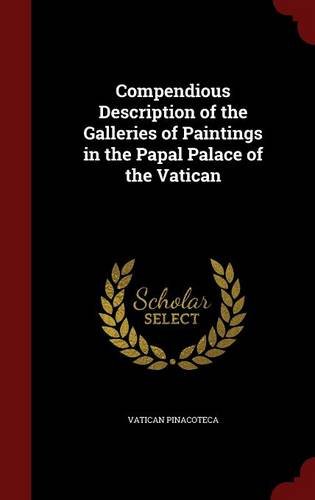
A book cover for Compendious Description of the Galleries of Paintings in the Papal Palace of the Vatican; Vatican Pinacoteca; Travel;